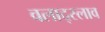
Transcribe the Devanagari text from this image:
वलाद्स्लाव